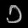
Digit: ၁